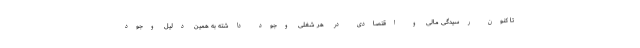
تا کنون رسیدگی مالی و اقتصادی در هر شغلی وجود داشته به همین دلیل وجود